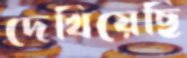
দেখিয়েছি